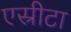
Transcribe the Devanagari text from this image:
एस्रीटा